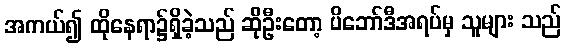
အကယ်၍ ထိုနေရာ၌ရှိခဲ့သည် ဆိုဦးတော့ ပိဘော်ဒီအရပ်မှ သူများ သည်